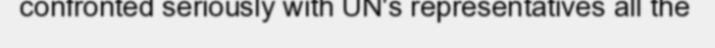
confronted seriously with UN's representatives all the